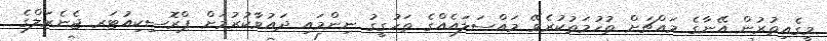
މީގެއިތުރުން އޭނާގެ މައްޗަށް ތުހުމަތުކުރެވޭ މައްސަލައެއްގެ ތަހުގީގު ނިންމައި ދައުވާކުރުމަށް ޕްރޮސިކިއުޓަރ ޖެނެރަލްގެ